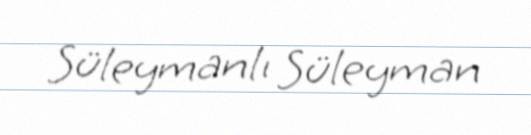
Süleymanlı Süleyman